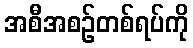
အစီအစဉ်တစ်ရပ်ကို